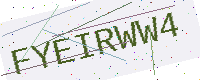
Text: FYEIRWW4